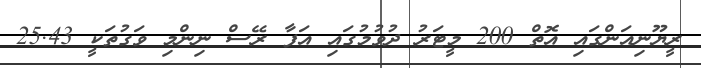
ރީޔޫނިއަންގައި އޮތް 200 މީޓަރު ދުވުމުގައި އަފާ ރޭސް ނިންމި ވަގުތަކީ 25.43